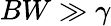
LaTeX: BW\gg\gamma